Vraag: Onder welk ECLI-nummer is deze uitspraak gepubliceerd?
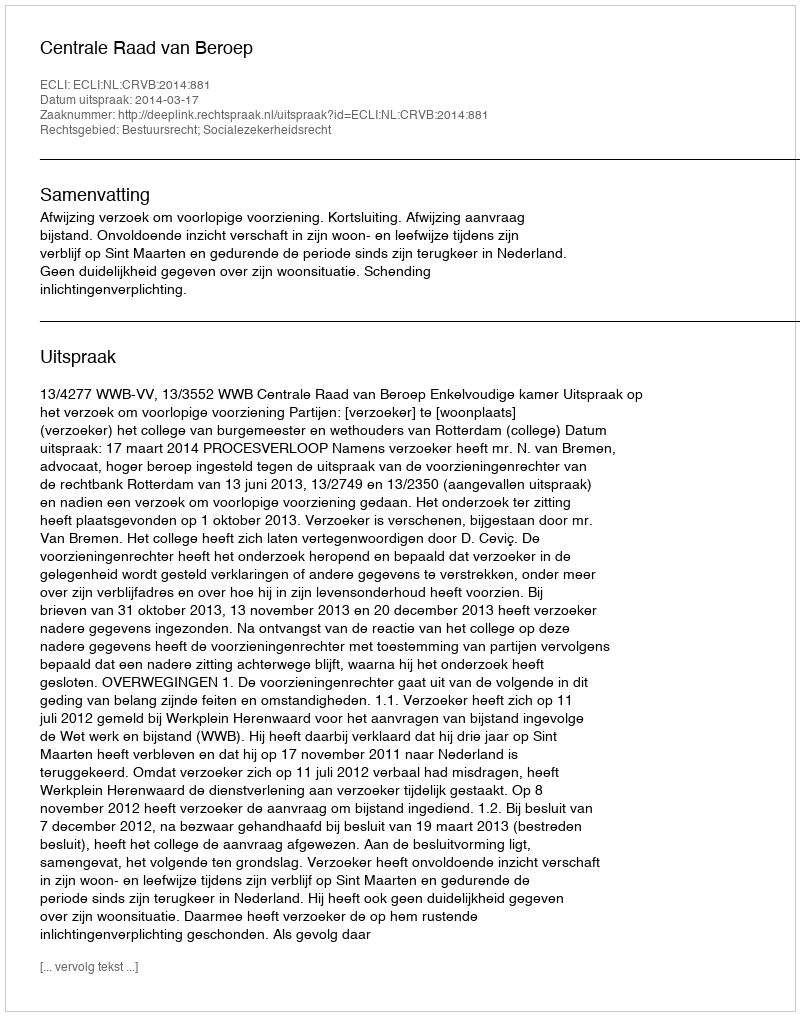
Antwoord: ECLI:NL:CRVB:2014:881